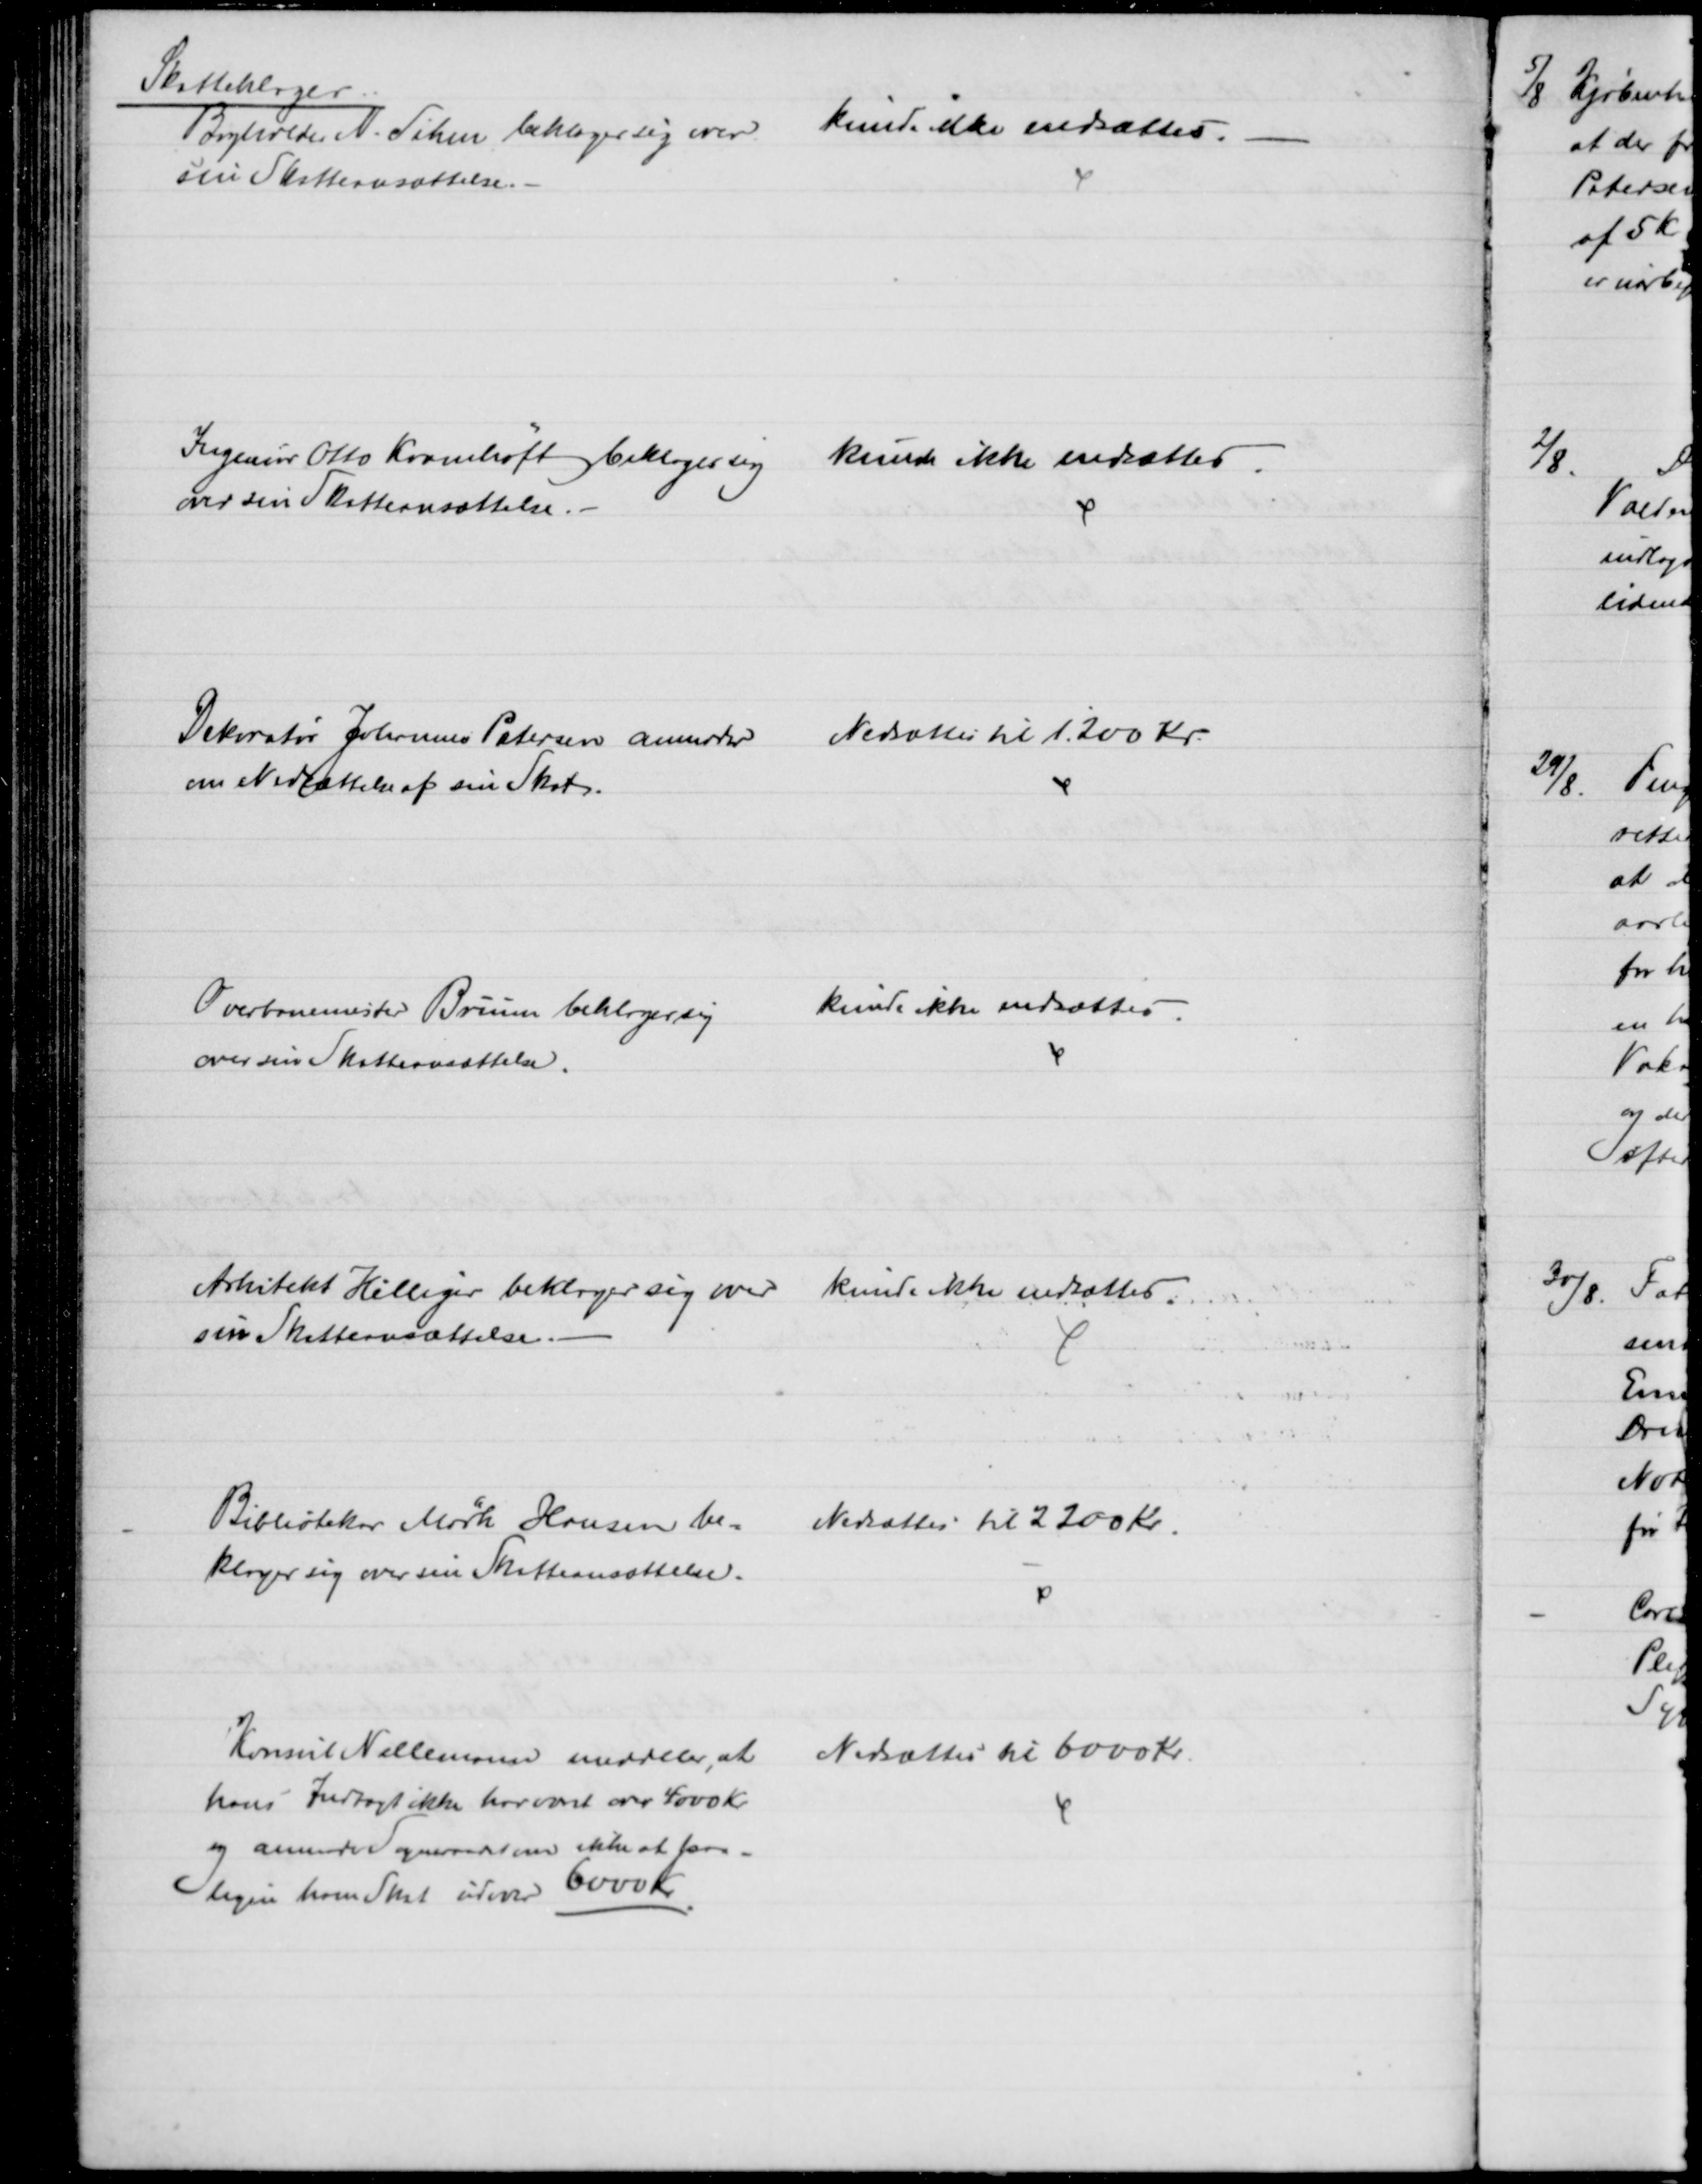
Transskription:
Skatteklager
Bogholder N. Sihm beklager sig over 
sin Skatteansættelse.
kunde ikke nedsættes.
Ingeniør Otto Kramhøft og beklager sig
over sin Skatteansættelse
kunde ikke nedsættes
Dekoratør Johannes Petersen anmoder
om Nedsættelse af sin Skat.
Nedsættes til 1.200 Kr.
Overbanemester Bruun beklager sig
over sin Skatteansættelse.
kunde ikke nedsættes
Arkitekt Hilliger beklager sig over 
sin Skatteansættelse
kunde ikke nedsættes.
Bibliotekar Mørk Hansen be-
klager sig over sin Skatteansættelse.
Nedsættes til 2200 Kr.
Konsul Nellemann meddeler, at
hans Indtægt ikke har været over 4000 Kr.
og anmoder Sogneraadet om ikke at paa-
ligne ham Skat udover 6000 Kr.
Nedsættes til 6000 Kr.